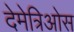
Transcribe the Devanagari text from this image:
देमेत्रिओस